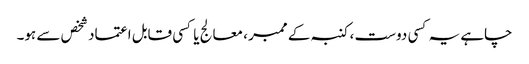
چاہے یہ کسی دوست ، کنبہ کے ممبر ، معالج یا کسی قابل اعتماد شخص سے ہو۔